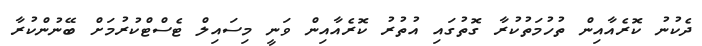
ދެކުނު ކޮރެއާއިން ތުހުމަތުކުރާ ގޮތުގައި އުތުރު ކޮރެއާއިން ވަނީ މިސައިލް ޓެސްޓްކުރުމަށް ބޭނުންކުރާ